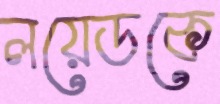
লয়েডকে